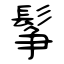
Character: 鬇